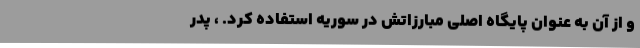
و از آن به عنوان پایگاه اصلی مبارزاتش در سوریه استفاده کرد. ، پدر